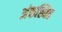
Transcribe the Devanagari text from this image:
अंकस्थित